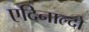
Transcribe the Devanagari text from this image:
एदिनाल्दो